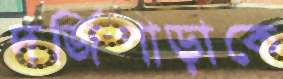
দর্জিপাড়াকে